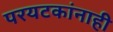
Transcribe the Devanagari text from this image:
परयटकांनाही